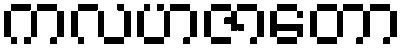
ကလဟဇာတော